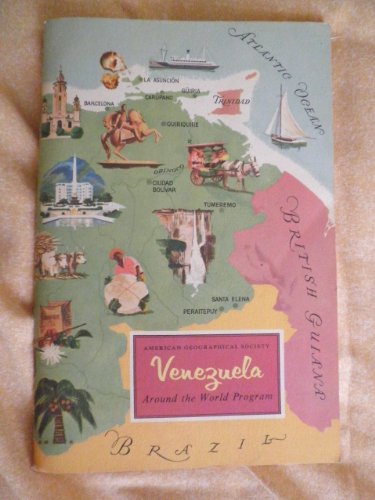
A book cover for Venezuela (Around the world program); Raymond E Crist; Travel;